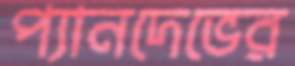
প্যানদেভের